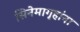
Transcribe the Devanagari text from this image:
सिनेमागृहांना